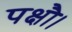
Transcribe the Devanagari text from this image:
पक्षौ।